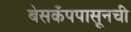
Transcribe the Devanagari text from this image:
बेसकँपपासूनची